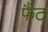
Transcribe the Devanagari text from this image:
फैंट